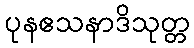
ပုနဧသနာဒိသုတ္တ